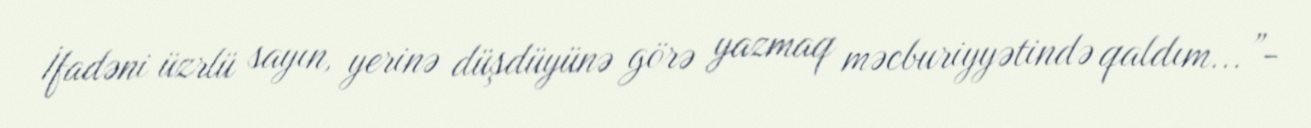
İfadəni üzrlü sayın, yerinə düşdüyünə görə yazmaq məcburiyyətində qaldım...”-